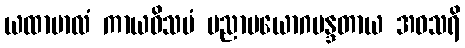
ယထာဗာလံ ကာယဝိသမံ ပညာပယောဂမန္ဒတာယ အဝသရိ